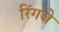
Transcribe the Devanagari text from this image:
रिंगजे